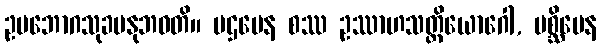
ဥပဘောဂသုခမနုဘဝတိ။ ပဌမေန စဿ ဥဿာဟသတ္တိယောဂေါ, ပစ္ဆိမေန